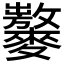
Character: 𪍾